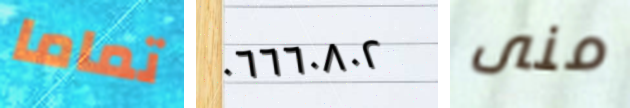
تماما ٠٦٦٦٠٨٠٢ منى